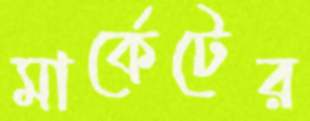
মার্কেটের